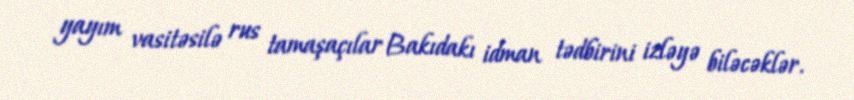
yayım vasitəsilə rus tamaşaçılar Bakıdakı idman tədbirini izləyə biləcəklər.